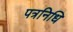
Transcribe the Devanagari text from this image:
पत्रनिधि